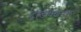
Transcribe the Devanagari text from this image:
ट्रान्जेक्शनल